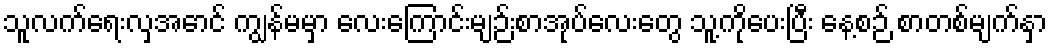
သူလက်ရေးလှအောင် ကျွန်မမှာ လေးကြောင်းမျဉ်းစာအုပ်လေးတွေ သူ့ကိုပေးပြီး နေ့စဉ် စာတစ်မျက်နှာ